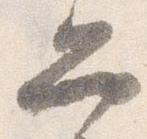
弁